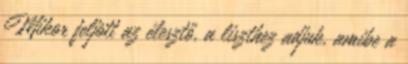
Mikor feljött az élesztő, a liszthez adjuk, amibe a